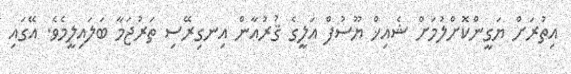
އިތުރަށް ޔަގީންކޮށްލުމަށް ޝެއިޚް ޔޫސުފް އަލީގެ ޤުރުއާން އިނގިރޭސި ތަރުޖަމާ ބަލައިލީމެވެ. އޭގައި